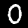
Label: 0